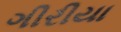
ગીરીયા